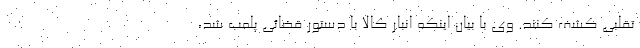
تقلبی کشف کنند. وی با بیان اینکه انبار کالا با دستور قضائی پلمب شد،